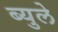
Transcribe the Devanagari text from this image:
ब्युले